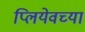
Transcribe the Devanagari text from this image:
प्लियेवच्या